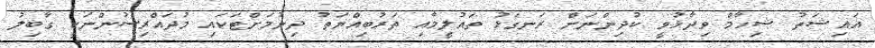
އައިޝަތު ޝިހާމް ވިދާޅުވީ ކުދިންނަށް ރަނގަޅު ތައުލީމާއި ތަރުބިއްޔަތު ދިނުމަށްޓަކައި މުދައްރިސުންނަކީ ގާބިލު